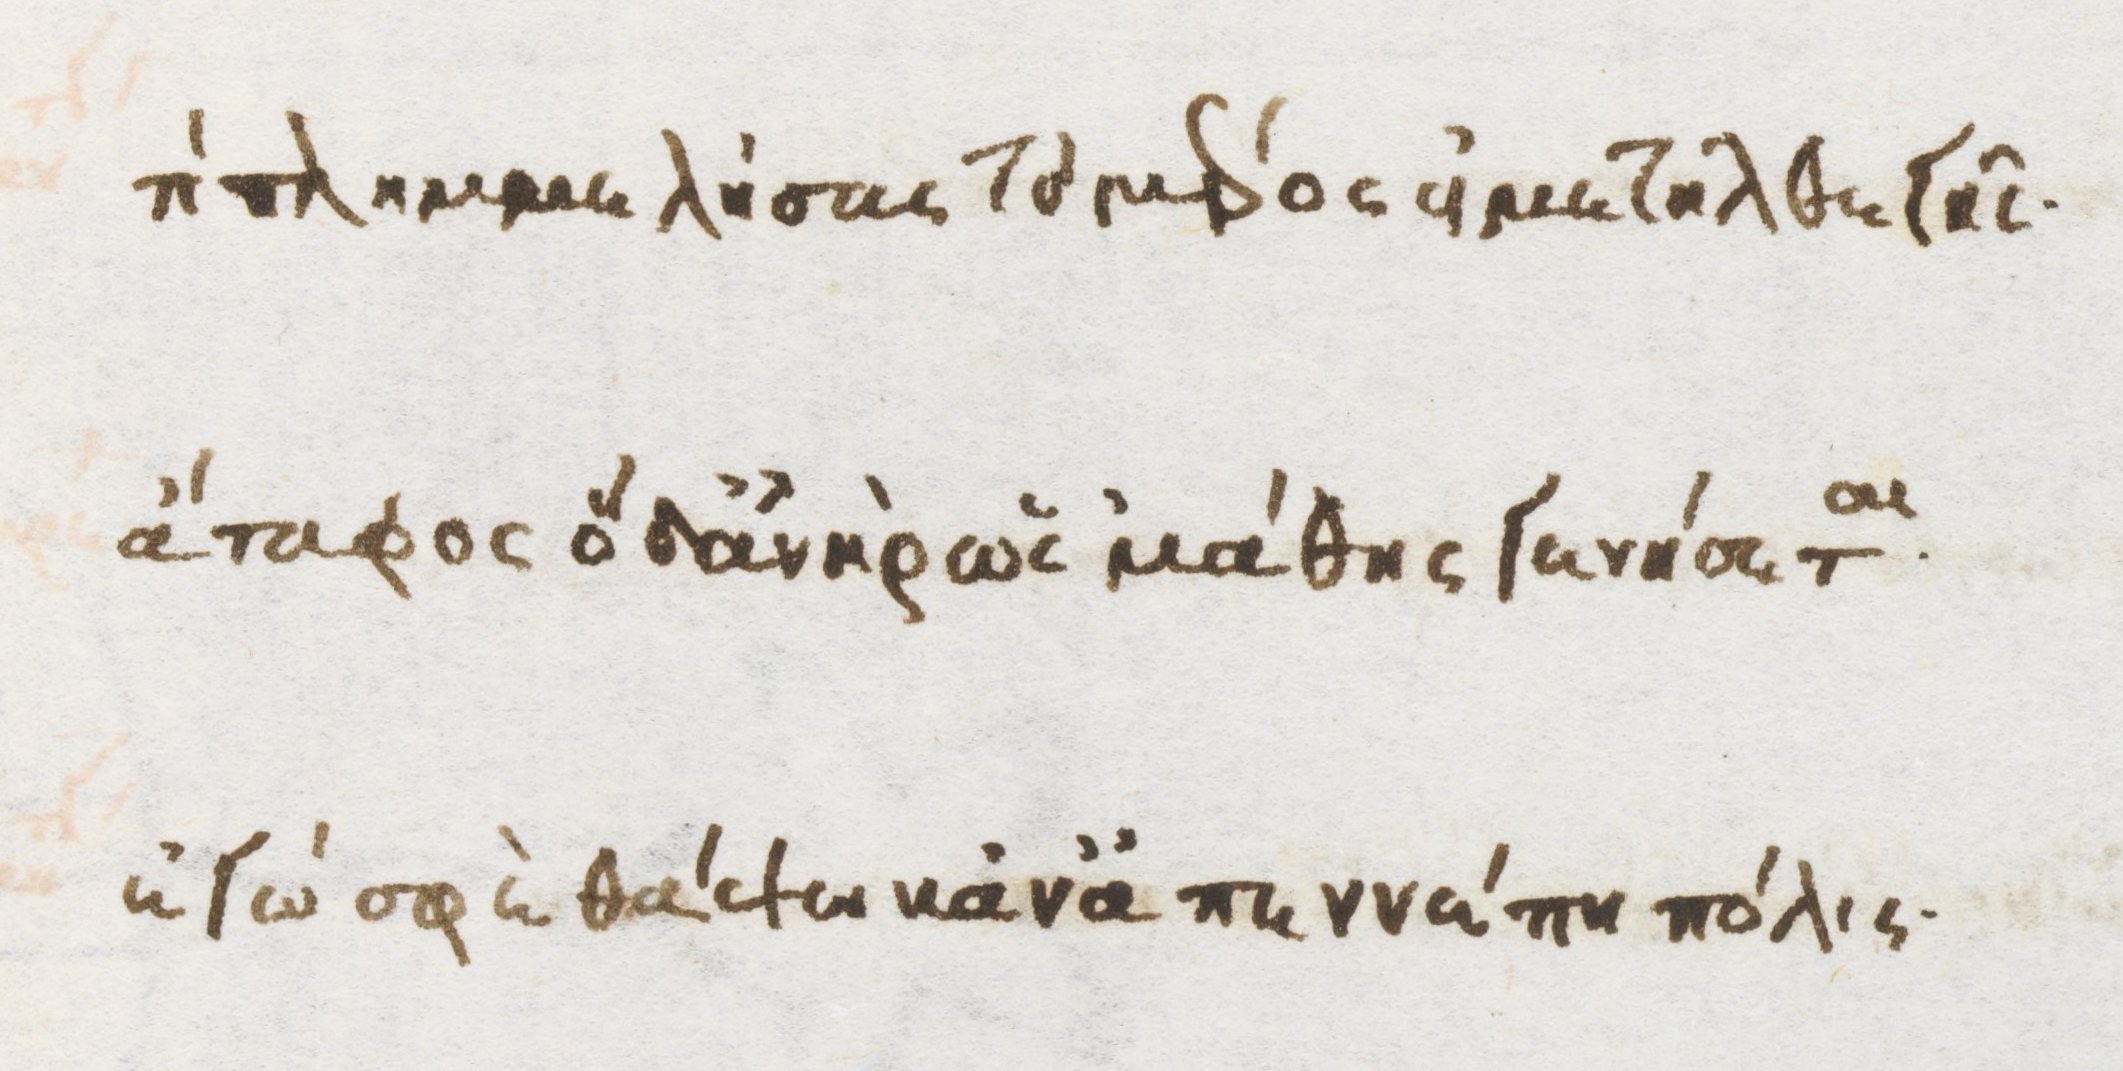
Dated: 1470–1499